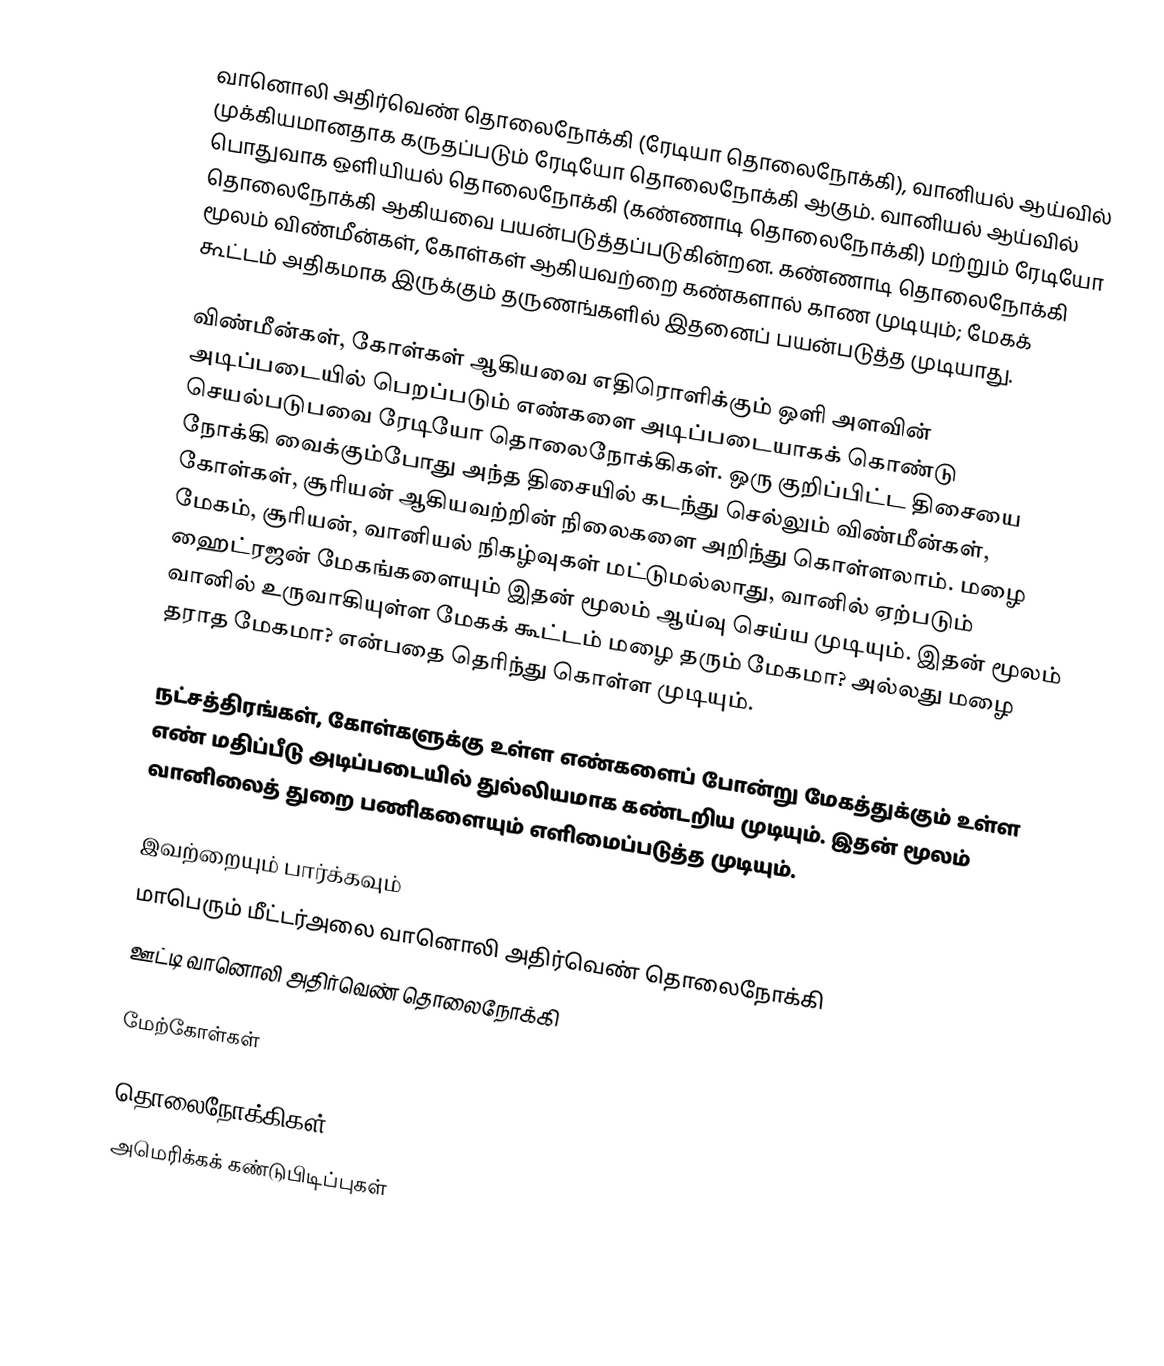
வானொலி அதிர்வெண் தொலைநோக்கி (ரேடியா தொலைநோக்கி), வானியல் ஆய்வில் முக்கியமானதாக கருதப்படும் ரேடியோ தொலைநோக்கி ஆகும். வானியல் ஆய்வில் பொதுவாக ஒளியியல் தொலைநோக்கி (கண்ணாடி தொலைநோக்கி) மற்றும் ரேடியோ தொலைநோக்கி ஆகியவை பயன்படுத்தப்படுகின்றன. கண்ணாடி தொலைநோக்கி மூலம் விண்மீன்கள், கோள்கள் ஆகியவற்றை கண்களால் காண முடியும்; மேகக் கூட்டம் அதிகமாக இருக்கும் தருணங்களில் இதனைப் பயன்படுத்த முடியாது.

விண்மீன்கள், கோள்கள் ஆகியவை எதிரொளிக்கும் ஒளி அளவின் அடிப்படையில் பெறப்படும் எண்களை அடிப்படையாகக் கொண்டு செயல்படுபவை ரேடியோ தொலைநோக்கிகள். ஒரு குறிப்பிட்ட திசையை நோக்கி வைக்கும்போது அந்த திசையில் கடந்து செல்லும் விண்மீன்கள், கோள்கள், சூரியன் ஆகியவற்றின் நிலைகளை அறிந்து கொள்ளலாம். மழை மேகம், சூரியன், வானியல் நிகழ்வுகள் மட்டுமல்லாது, வானில் ஏற்படும் ஹைட்ரஜன் மேகங்களையும் இதன் மூலம் ஆய்வு செய்ய முடியும். இதன் மூலம் வானில் உருவாகியுள்ள மேகக் கூட்டம் மழை தரும் மேகமா? அல்லது மழை தராத மேகமா? என்பதை தெரிந்து கொள்ள முடியும்.

நட்சத்திரங்கள், கோள்களுக்கு உள்ள எண்களைப் போன்று மேகத்துக்கும் உள்ள எண் மதிப்பீடு அடிப்படையில் துல்லியமாக கண்டறிய முடியும். இதன் மூலம் வானிலைத் துறை பணிகளையும் எளிமைப்படுத்த முடியும்.

இவற்றையும் பார்க்கவும்
 மாபெரும் மீட்டர்அலை வானொலி அதிர்வெண் தொலைநோக்கி
 ஊட்டி வானொலி அதிர்வெண் தொலைநோக்கி

மேற்கோள்கள்

தொலைநோக்கிகள்
அமெரிக்கக் கண்டுபிடிப்புகள்